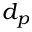
d _ { p }